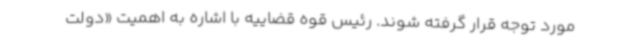
مورد توجه قرار گرفته شوند. رئیس قوه قضاییه با اشاره به اهمیت «دولت